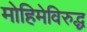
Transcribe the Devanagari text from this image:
मोहिमेविरुद्ध